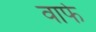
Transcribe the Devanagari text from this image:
वार्फ